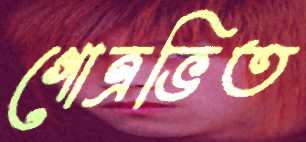
গোত্রভিত